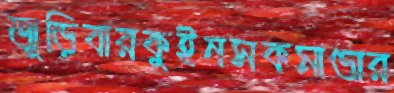
জুড়িবারকুইনসকমাণ্ডার